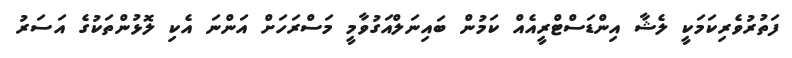
ފަތުރުވެރިކަމަކީ ލެޝާ އިންޑަސްޓްރީއެއް ކަމުން ބައިނަލްއަގުވާމީ މަސްރަހަށް އަންނަ އެކި ލޮޅުންތަކުގެ އަސަރު